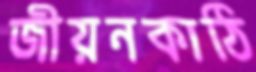
জীয়নকাঠি